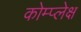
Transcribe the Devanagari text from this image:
कोम्प्लेक्ष